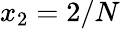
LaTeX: x_{2}=2/N